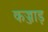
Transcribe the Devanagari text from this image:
कज्जाड़